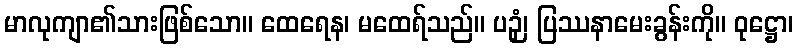
မာလုကျာ၏သားဖြစ်သော။ ထေရေန၊ မထေရ်သည်။ ပဉှံ၊ ပြဿနာမေးခွန်းကို။ ဝုဋ္ဌော၊